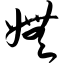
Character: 妩